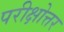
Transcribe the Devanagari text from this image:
परीक्षोत्तर